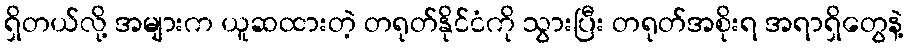
ရှိတယ်လို့ အများက ယူဆထားတဲ့ တရုတ်နိုင်ငံကို သွားပြီး တရုတ်အစိုးရ အရာရှိတွေနဲ့